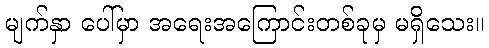
မျက်နှာ ပေါ်မှာ အရေးအကြောင်းတစ်ခုမှ မရှိသေး။